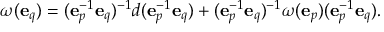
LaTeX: \omega ( \mathbf { e } _ { q } ) = ( \mathbf { e } _ { p } ^ { - 1 } \mathbf { e } _ { q } ) ^ { - 1 } d ( \mathbf { e } _ { p } ^ { - 1 } \mathbf { e } _ { q } ) + ( \mathbf { e } _ { p } ^ { - 1 } \mathbf { e } _ { q } ) ^ { - 1 } \omega ( \mathbf { e } _ { p } ) ( \mathbf { e } _ { p } ^ { - 1 } \mathbf { e } _ { q } ) .